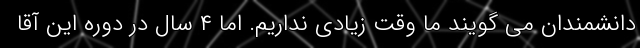
دانشمندان می گویند ما وقت زیادی نداریم. اما ۴ سال در دوره این آقا